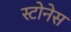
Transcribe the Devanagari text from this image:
स्टोनेस